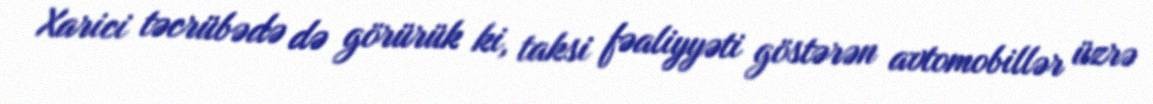
Xarici təcrübədə də görürük ki, taksi fəaliyyəti göstərən avtomobillər üzrə